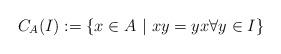
LaTeX: \begin{align*}C_A(I):=\{x\in A \,\, | \,\, xy=yx\forall y\in I\}\end{align*}